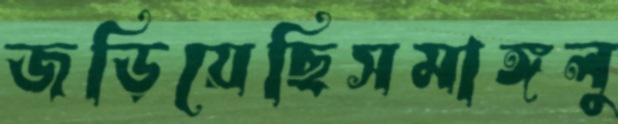
জড়িয়েছিসমাঙ্গলু